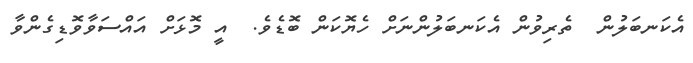
އެކަނބަލުން  ތެރިވުން އެކަނބަލުންނަށް ހެޔޮކަން ބޮޑެވެ.  އީ މޮޅަށް އައްސަވާވޮޑިގެންވާ